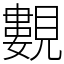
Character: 𧢃